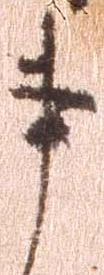
事